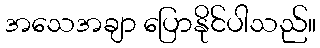
အသေအချာ ပြောနိုင်ပါသည်။